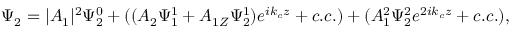
\Psi _ { 2 } = | A _ { 1 } | ^ { 2 } \Psi _ { 2 } ^ { 0 } + ( ( A _ { 2 } \Psi _ { 1 } ^ { 1 } + A _ { 1 Z } \Psi _ { 2 } ^ { 1 } ) e ^ { i k _ { c } z } + c . c . ) + ( A _ { 1 } ^ { 2 } \Psi _ { 2 } ^ { 2 } e ^ { 2 i k _ { c } z } + c . c . ) ,